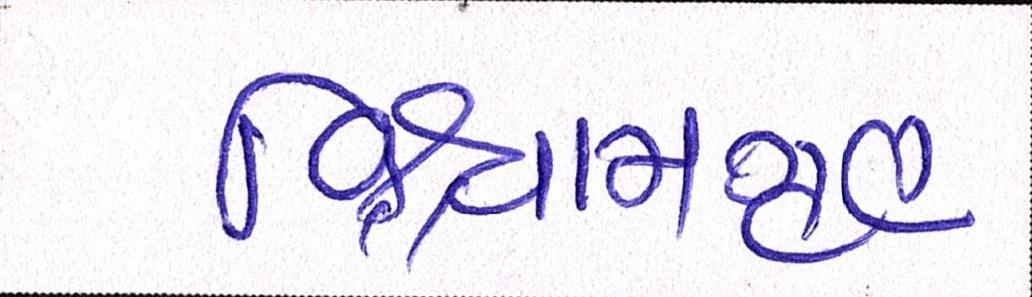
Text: વિશ્રામગૃહ